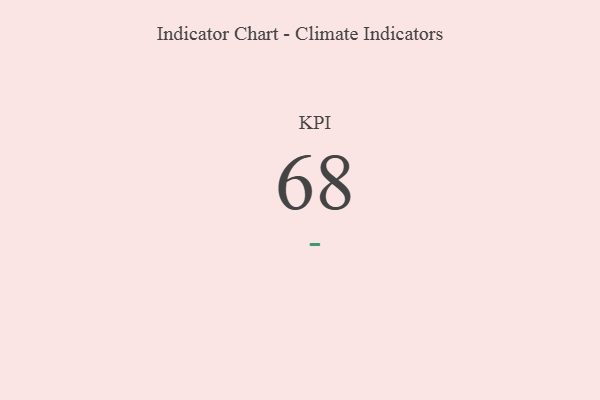
{"axis": {"x": "KPI", "y": "Value"}, "legend": [""], "data": [{"x": "KPI", "y": 68, "type": ""}]}